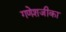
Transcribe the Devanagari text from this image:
गणेशजीका